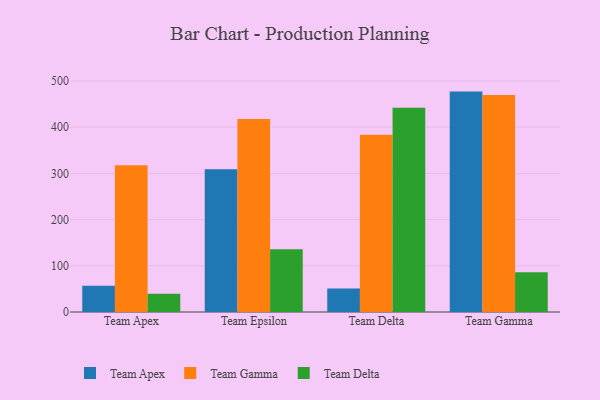
{"axis": {"x": "Team", "y": "Headcount"}, "legend": ["Team Apex", "Team Delta", "Team Gamma"], "data": [{"x": "Team Apex", "y": 56.6, "type": "Team Apex"}, {"x": "Team Apex", "y": 317.7, "type": "Team Gamma"}, {"x": "Team Apex", "y": 39.7, "type": "Team Delta"}, {"x": "Team Epsilon", "y": 309.3, "type": "Team Apex"}, {"x": "Team Epsilon", "y": 417.9, "type": "Team Gamma"}, {"x": "Team Epsilon", "y": 135.7, "type": "Team Delta"}, {"x": "Team Delta", "y": 50.9, "type": "Team Apex"}, {"x": "Team Delta", "y": 383.7, "type": "Team Gamma"}, {"x": "Team Delta", "y": 442.5, "type": "Team Delta"}, {"x": "Team Gamma", "y": 477.2, "type": "Team Apex"}, {"x": "Team Gamma", "y": 469.8, "type": "Team Gamma"}, {"x": "Team Gamma", "y": 85.8, "type": "Team Delta"}]}